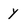
Character: Y